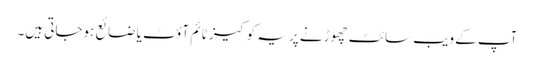
آپ کے ویب سائٹ چھوڑنے پر یہ کوکیز ٹائم آؤٹ یا ضائع ہوجاتی ہیں۔